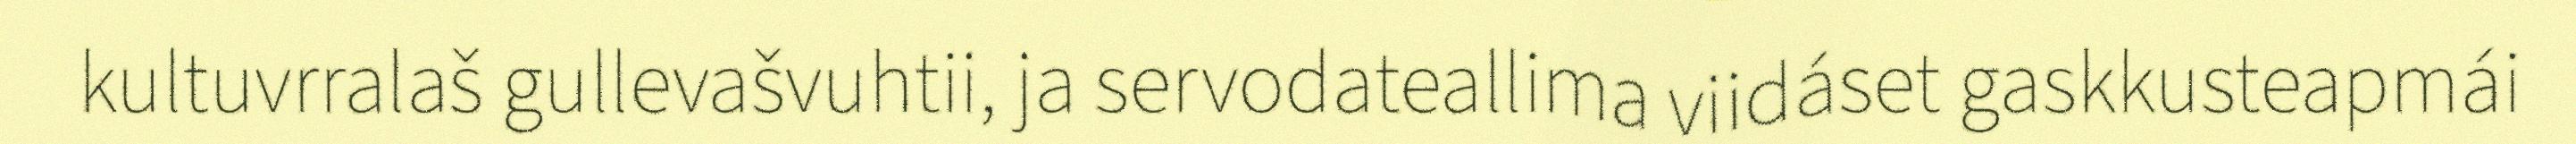
kultuvrralaš gullevašvuhtii, ja servodateallima viidáset gaskkusteapmái